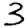
Digit: 3